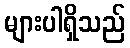
များပါရှိသည်